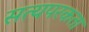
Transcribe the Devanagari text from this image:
सत्यपरकता